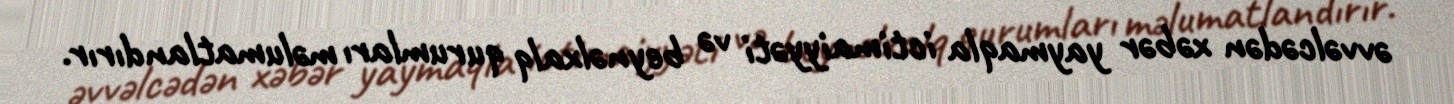
əvvəlcədən xəbər yaymaqla ictimaiyyəti və beynəlxalq qurumları məlumatlandırır.